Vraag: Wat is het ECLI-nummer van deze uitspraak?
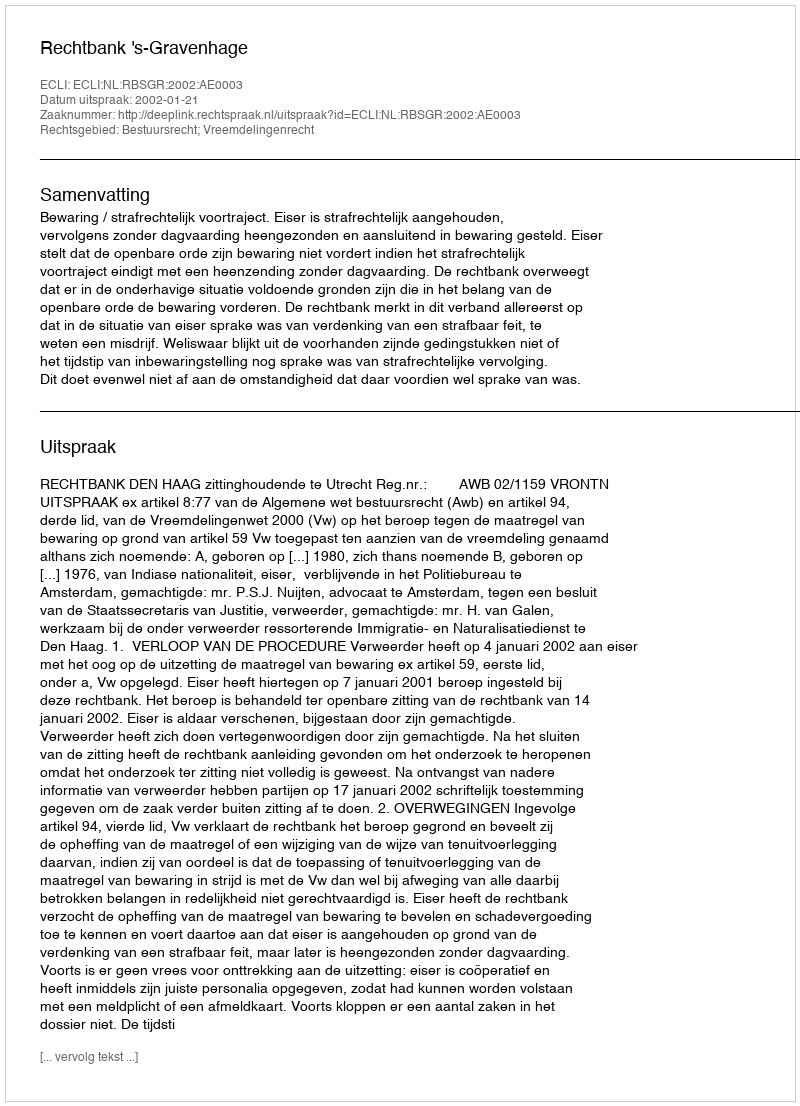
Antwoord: ECLI:NL:RBSGR:2002:AE0003